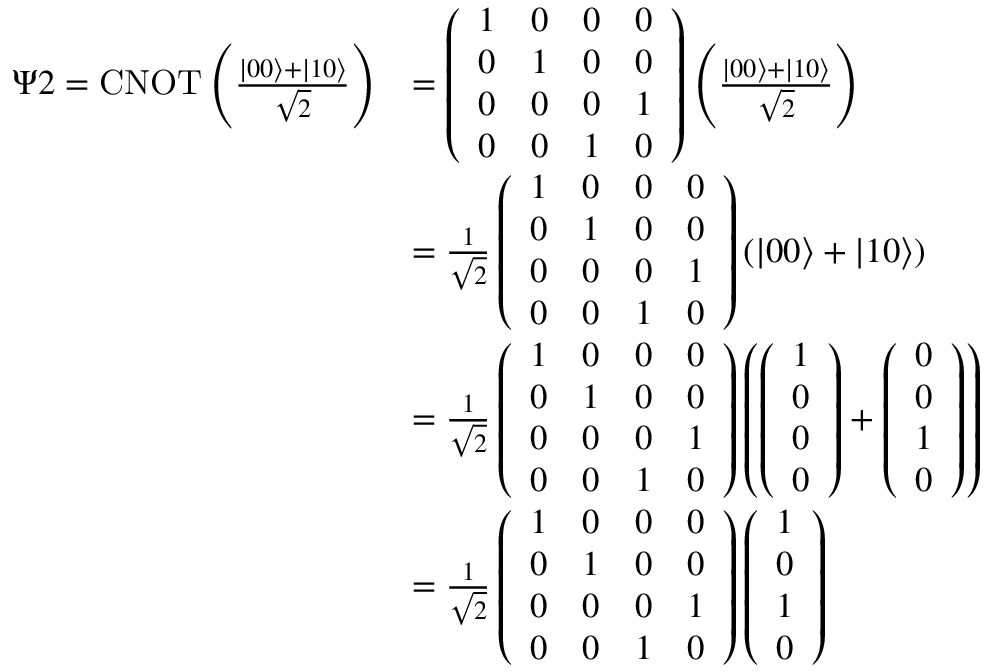
\begin{array} { r l } { \Psi 2 = \operatorname { C N O T } \left( \frac { | 0 0 \rangle + | 1 0 \rangle } { \sqrt { 2 } } \right) } & { = \left( \begin{array} { l l l l } { 1 } & { 0 } & { 0 } & { 0 } \\ { 0 } & { 1 } & { 0 } & { 0 } \\ { 0 } & { 0 } & { 0 } & { 1 } \\ { 0 } & { 0 } & { 1 } & { 0 } \end{array} \right) \left( \frac { | 0 0 \rangle + | 1 0 \rangle } { \sqrt { 2 } } \right) } \\ & { = \frac { 1 } { \sqrt { 2 } } \left( \begin{array} { l l l l } { 1 } & { 0 } & { 0 } & { 0 } \\ { 0 } & { 1 } & { 0 } & { 0 } \\ { 0 } & { 0 } & { 0 } & { 1 } \\ { 0 } & { 0 } & { 1 } & { 0 } \end{array} \right) ( | 0 0 \rangle + | 1 0 \rangle ) } \\ & { = \frac { 1 } { \sqrt { 2 } } \left( \begin{array} { l l l l } { 1 } & { 0 } & { 0 } & { 0 } \\ { 0 } & { 1 } & { 0 } & { 0 } \\ { 0 } & { 0 } & { 0 } & { 1 } \\ { 0 } & { 0 } & { 1 } & { 0 } \end{array} \right) \left( \left( \begin{array} { l } { 1 } \\ { 0 } \\ { 0 } \\ { 0 } \end{array} \right) + \left( \begin{array} { l } { 0 } \\ { 0 } \\ { 1 } \\ { 0 } \end{array} \right) \right) } \\ & { = \frac { 1 } { \sqrt { 2 } } \left( \begin{array} { l l l l } { 1 } & { 0 } & { 0 } & { 0 } \\ { 0 } & { 1 } & { 0 } & { 0 } \\ { 0 } & { 0 } & { 0 } & { 1 } \\ { 0 } & { 0 } & { 1 } & { 0 } \end{array} \right) \left( \begin{array} { l } { 1 } \\ { 0 } \\ { 1 } \\ { 0 } \end{array} \right) } \end{array}